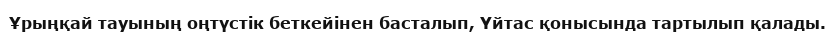
Ұрыңқай тауының оңтүстік беткейінен басталып, Үйтас қонысында тартылып қалады.